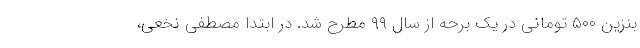
بنزین ۵۰۰ تومانی در یک برحه از سال ۹۹ مطرح شد. در ابتدا مصطفی نخعی،